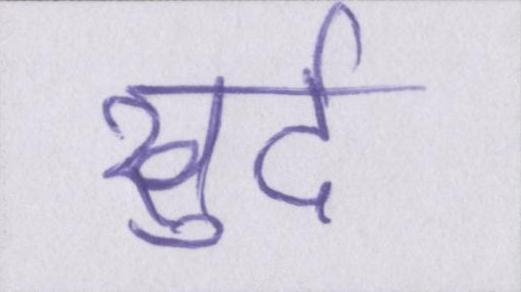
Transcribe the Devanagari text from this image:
खुर्द